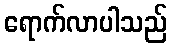
ရောက်လာပါသည်